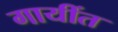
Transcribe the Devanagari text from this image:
गायींत